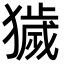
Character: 獩